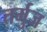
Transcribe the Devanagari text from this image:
तर्मुज